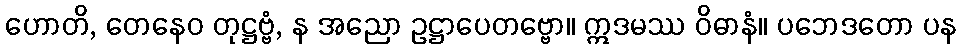
ဟောတိ, တေနေဝ တုဋ္ဌဗ္ဗံ, န အညော ဥဋ္ဌာပေတဗ္ဗော။ ဣဒမဿ ဝိဓာနံ။ ပဘေဒတော ပန